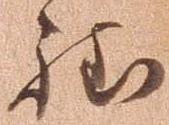
程